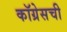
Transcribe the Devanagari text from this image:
कॉग्रेसची